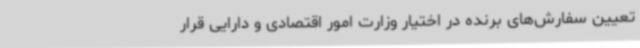
تعیین سفارش‌های برنده در اختیار وزارت امور اقتصادی و دارایی قرار